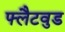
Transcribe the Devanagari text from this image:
फ्लैटवुड